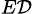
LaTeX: _{E\mathcal{D}}